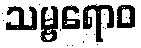
သမ္ဗရောဝ